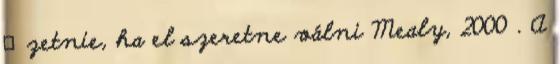
ﬁzetnie, ha el szeretne válni Mealy, 2000 . A